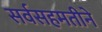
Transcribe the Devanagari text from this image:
सर्वसहमतीने